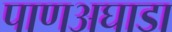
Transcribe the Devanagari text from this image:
पाणअघाडा